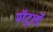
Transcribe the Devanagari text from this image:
मॉट्रार्डे